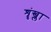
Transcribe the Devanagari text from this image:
शॄंख्ला